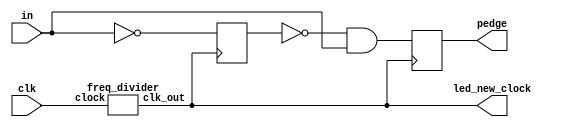
module edge_detector(
	input clk,
	input in,
	output reg pedge,
	output led_new_clock);
	
	reg intermediate;
	wire new_clock;
	
	freq_divider inst1(.clock(clk), .clk_out(new_clock));
	
	assign led_new_clock = new_clock;
	
	always @(posedge new_clock) begin
		intermediate <= ~in;
		pedge <= ((~intermediate) & in);
	end 
	
endmodule 


module freq_divider(
	input clock,
	output reg clk_out);

	reg [31:0] counter;
	
	always @(posedge clock) begin
		counter <= counter + 32'd1;
		if(counter == 32'd5) begin
			counter <= 32'd0;
			clk_out <= ~clk_out;
		end
	end 
	
endmodule